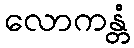
လောကန္တံ